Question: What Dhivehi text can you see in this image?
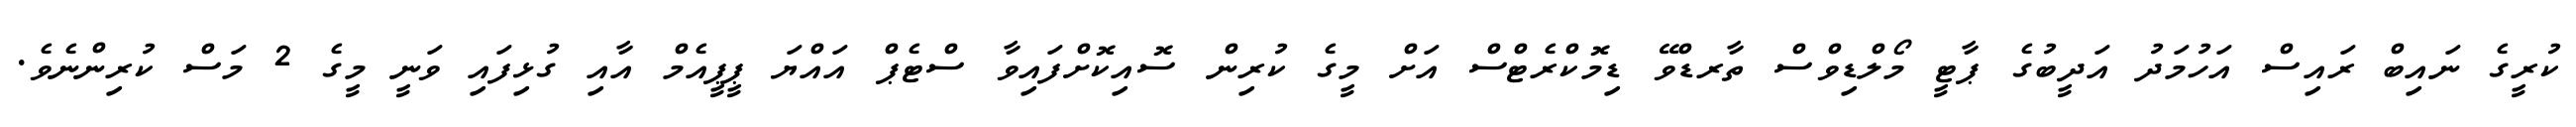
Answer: ކުރީގެ ނައިބް ރައިސް އަހުމަދު އަދީބުގެ ޕާޓީ މޯލްޑިވްސް ތާރޑްވޭ ޑިމޮކްރެޓްސް އަށް މީގެ ކުރިން ސޮއިކޮށްފައިވާ ސްޓެޕް އައްޔަ ޕީޕީއެމް އާއި ގުޅިފައި ވަނީ މީގެ 2 މަސް ކުރިންނެވެ.